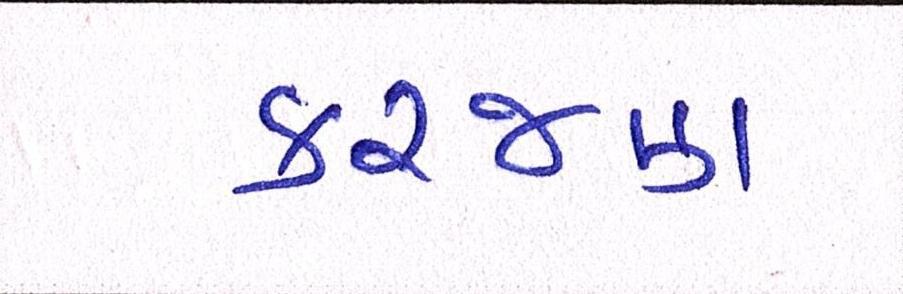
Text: કરજણ